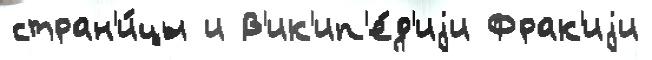
стран'и́цы и В'ик'ип'е́д'иjи Фрак'иjи